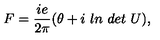
F = \frac { i e } { 2 \pi } ( \theta + i \ l n \ d e t \ U ) ,